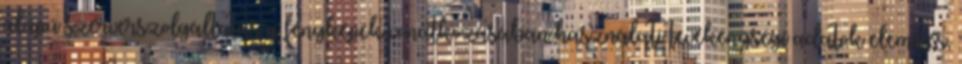
alapú szerverszolgáltatás a fényképek vonatkozásában használati tevékenységi adatok elemzés,